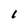
Character: 1